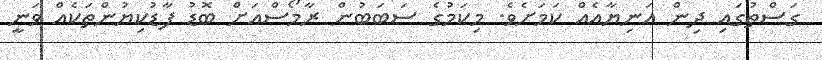
ގަސްތުގައި ދިން އަނިޔާއެއް ކަމަށެވެ. މިކަމުގެ ސަބަބުން ރާމޯސްއަށް ބޮޑު ފާޑުކިޔުންތަކެއް ވަނީ